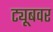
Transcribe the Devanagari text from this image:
ट्यूबवर